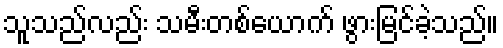
သူသည်လည်း သမီးတစ်ယောက် ဖွားမြင်ခဲ့သည်။